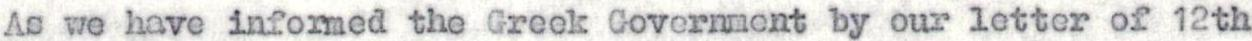
As we have informed the Greek Government by our letter of 12th